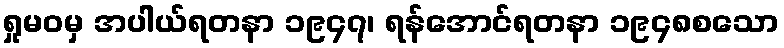
ရှုမဝမှ အပါယ်ရတနာ ၁၉၄၇၊ ရန်အောင်ရတနာ ၁၉၄၈စသော